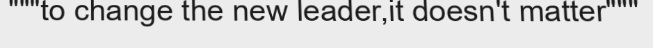
"""to change the new leader,it doesn't matter"""